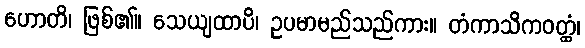
ဟောတိ၊ ဖြစ်၏။ သေယျထာပိ၊ ဥပမာမည်သည်ကား။ တံကာသိကဝတ္ထံ၊